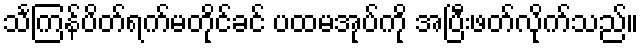
သင်္ကြန်ပိတ်ရက်မတိုင်ခင် ပထမအုပ်ကို အပြီးဖတ်လိုက်သည်။